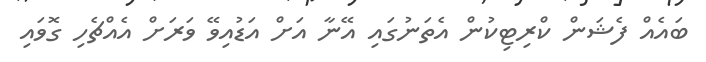
ބައެއް ފެޝަން ކްރިޓިކުން އެތަނުގައި އޭނާ އަށް އަޑުއިވޭ ވަރަށް އެއްޗެހި ގޮވައި